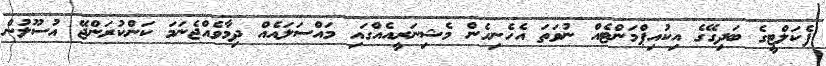
ފެކަލްޓީގެ ބަދިގޭގެ އިކުއިޕްމަންޓެއް ނުވަތަ އެހެނިހެން މެޝިނަރީއެއްގައި މައްސަލައެއް ދިމާވެއްޖެނަމަ ކަންކުރަންޖޭ އުސޫލުން